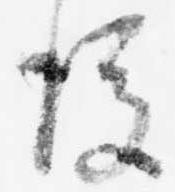
後